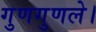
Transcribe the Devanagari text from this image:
गुणगुणले।